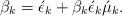
LaTeX: \begin{align*}\beta_k=\acute{\epsilon}_k+\beta_k\acute {\epsilon}_k\acute{\mu}_k.\end{align*}